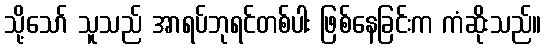
သို့သော် သူသည် အာရပ်ဘုရင်တစ်ပါး ဖြစ်နေခြင်းက ကံဆိုးသည်။